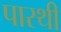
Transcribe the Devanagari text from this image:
पारथी